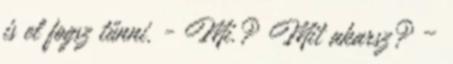
is el fogsz tűnni. - Mi.? Mit akarsz? –